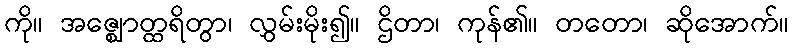
ကို။ အဇ္ဈောတ္ထရိတွာ၊ လွှမ်းမိုး၍။ ဌိတာ၊ ကုန်၏။ တတော၊ ဆိုအောက်။